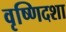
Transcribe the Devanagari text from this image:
वृष्णिदशा